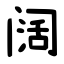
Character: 阔